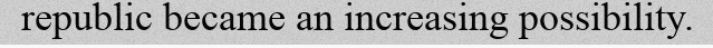
republic became an increasing possibility.